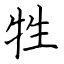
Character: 牲